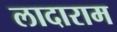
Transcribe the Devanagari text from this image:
लादाराम